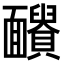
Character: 𩉓